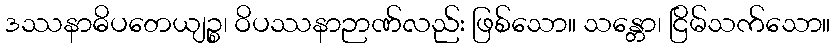
ဒဿနာဓိပတေယျဉ္စ၊ ဝိပဿနာဉာဏ်လည်း ဖြစ်သော။ သန္တော၊ ငြိမ်သက်သော။